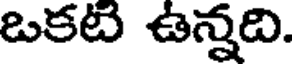
ఒకటి ఉన్నది.